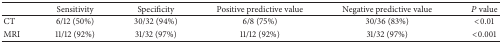
<table><thead><tr><td><b> </b></td><td><b>Sensitivity </b></td><td><b>Specificity</b></td><td><b>Positive predictive value</b></td><td><b>Negative predictive value</b></td><td><b><i>P</i> value</b></td></tr></thead><tbody><tr><td>CT</td><td>6/12 (50%)</td><td>30/32 (94%)</td><td>6/8 (75%)</td><td>30/36 (83%)</td><td>&lt;0.01</td></tr><tr><td>MRI</td><td>11/12 (92%)</td><td>31/32 (97%)</td><td>11/12 (92%)</td><td>31/32 (97%)</td><td>&lt;0.001</td></tr></tbody></table>